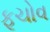
ફૂચોવ